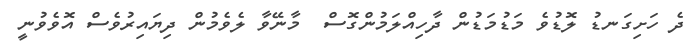
ދެ ހަށިގަނޑު ލޮޑުވެ މަޑުމަޑުން ދާހިއްލަމުންގޮސް  މާނޭވާ ލެވެމުން ދިޔައިރުވެސް އޮވެވުނީ